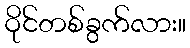
ဝိုင်တစ်ခွက်လား။